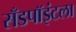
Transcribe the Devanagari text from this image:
सँडपॉइंटला